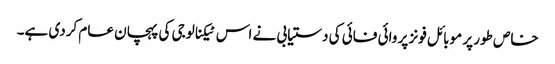
خاص طور پر موبائل فونز پر وائی فائی کی دستیابی نے اس ٹیکنالوجی کی پہچان عام کردی ہے۔